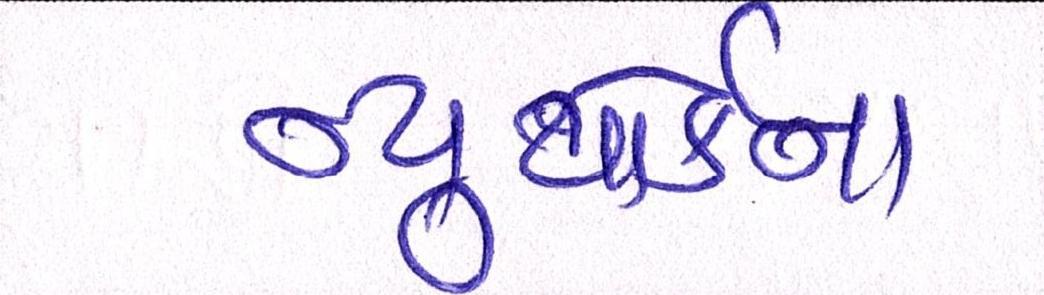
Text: ન્યુયોર્કના